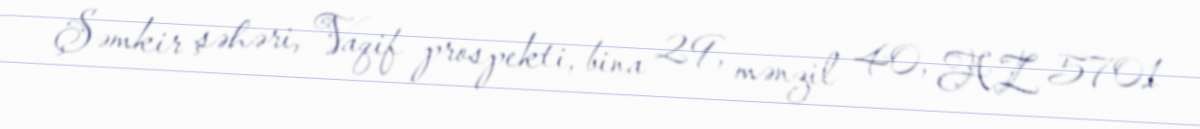
Şəmkir şəhəri, Vaqif prospekti, bina 29, mənzil 40, AZ 5701